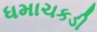
ધમાચકડી